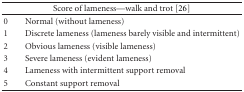
<table><thead><tr><td colspan="2"><b>Score of lameness—walk and trot [26]</b></td></tr></thead><tbody><tr><td>0</td><td>Normal (without lameness)</td></tr><tr><td>1</td><td>Discrete lameness (lameness barely visible and intermittent)</td></tr><tr><td>2</td><td>Obvious lameness (visible lameness)</td></tr><tr><td>3</td><td>Severe lameness (evident lameness)</td></tr><tr><td>4</td><td>Lameness with intermittent support removal</td></tr><tr><td>5</td><td>Constant support removal </td></tr></tbody></table>